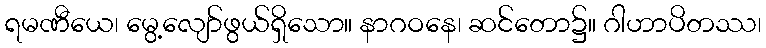
ရမဏီယေ၊ မွေ့လျော်ဖွယ်ရှိသော။ နာဂဝနေ၊ ဆင်တော၌။ ဂါဟာပိတဿ၊